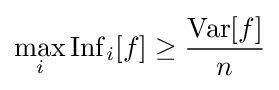
\max _{i}\operatorname {Inf} _{i}[f]\geq {\frac {\operatorname {Var} [f]}{n}}